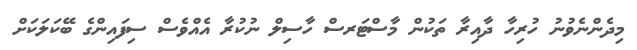
މިދެންނެވުނު ހުރިހާ ދާއިރާ ތަކުން މާސްޓަރސް ހާސިލް ނުކުރާ އެއްވެސް ސިފައިންގެ ބޭކަލަކަށް